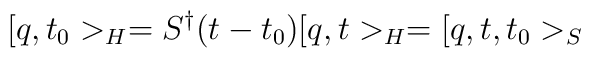
[ q , t_0 >_H = S^{\dagger}  (t - t_0 ) [ q , t >_H = [ q , t , t_0 >_S